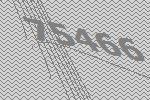
75466